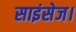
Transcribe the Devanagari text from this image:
साइंसेज।